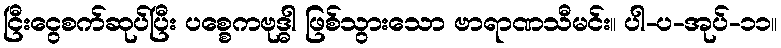
ငြီးငွေစက်ဆုပ်ပြီး ပစ္စေကဗုဒ္ဓါ ဖြစ်သွားသော ဗာရာဏသီမင်း။ ပါ-ပ-အုပ်-၁၁။